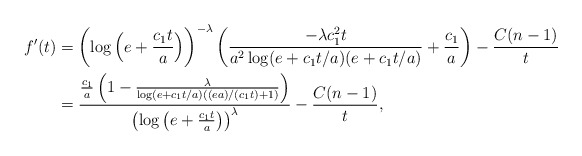
\begin{align*} f'(t) &= \left( \log \Big( e+\frac{c_1 t}{a} \Big) \right)^{-\lambda} \left( \frac{-\lambda c_1^2 t}{a^2 \log (e+ c_1 t/a)(e+c_1 t/a)} +\frac{c_1}{a} \right) - \frac{C(n-1)}{t} \\ &= \frac{ \frac{c_1}{a}\left( 1- \frac{\lambda}{\log(e+ c_1 t/a)((ea)/(c_1 t)+1)} \right)}{\left(\log\big(e+\frac{c_1 t}{a}\big) \right)^{\lambda}} - \frac{C(n-1)}{t}, \end{align*}